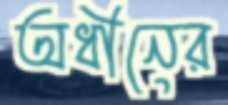
অধীনের